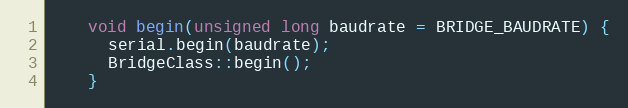
Language: C
    void begin(unsigned long baudrate = BRIDGE_BAUDRATE) {
      serial.begin(baudrate);
      BridgeClass::begin();
    }